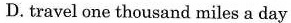
D.travel one thousand miles a day